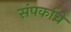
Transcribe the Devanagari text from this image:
संपर्कांचे